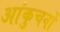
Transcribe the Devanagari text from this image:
आंकुचनों